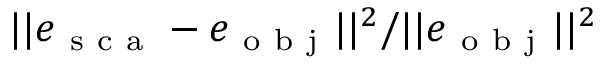
| | e _ { \mathrm { ~ s ~ c ~ a ~ } } - e _ { \mathrm { ~ o ~ b ~ j ~ } } | | ^ { 2 } / | | e _ { \mathrm { ~ o ~ b ~ j ~ } } | | ^ { 2 }